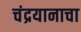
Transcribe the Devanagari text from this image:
चंद्रयानाचा